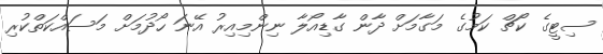
ސިޓީގެ ކޯޗް ކަމުގެ މަގާމަށް ދާން ގާޑިއޯލާ ނިންމިއިރު އޭނަ ހޯދުމަށް މަސައްކަތްކުރި